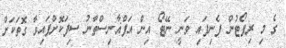
ގެ މި ރިޕޯޓުން ފެނިފައި ވަނީ ނޭޓޯ އިން އަފްޣާނިސްތާނު ސިފަކޮށްފައިވާ ގޮތަކަށް